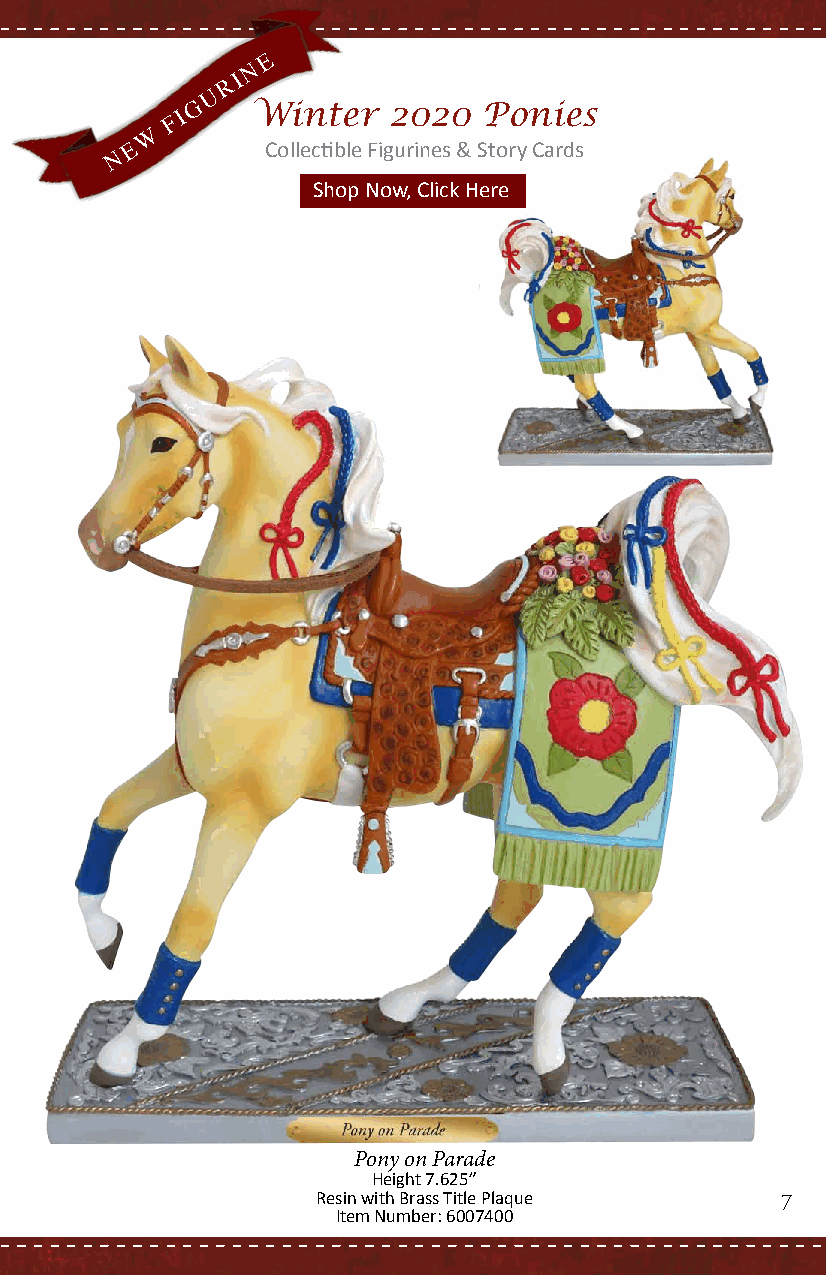
E
 N
 R I
 U
 G   Winter   2020  Ponies
 F I
 W
 E        Collectible Figurines & Story Cards
 N
 SShhoopp NNooww,, CClliicckk HHeerree
 Pony on Parade
 Height 7.625”
 Resin with Brass Title Plaque  7
 Item Number: 6007400